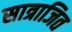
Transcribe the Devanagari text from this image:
सात्राजित